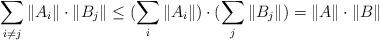
LaTeX: \begin{align*}\sum_{i \ne j} \|A_i\| \cdot \|B_j\| \leq (\sum_{i} \|A_i\| )\cdot(\sum_{j} \|B_j\| ) = \|A\| \cdot \|B\|\end{align*}